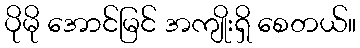
ပိုမို အောင်မြင် အကျိုးရှိ စေတယ်။